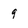
Character: 9